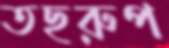
তছরুপ